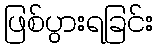
ဖြစ်ပွားရခြင်း